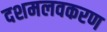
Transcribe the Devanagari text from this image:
दशमलवकरण